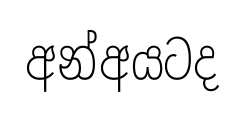
අන්අයටද